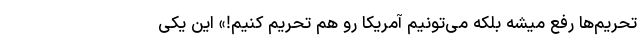
تحریم‌ها رفع میشه بلکه می‌تونیم آمریکا رو هم تحریم کنیم!» این یکی